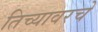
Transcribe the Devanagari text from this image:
तिच्यावरचे